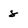
Character: 8